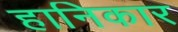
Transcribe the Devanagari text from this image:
हानिकार